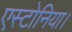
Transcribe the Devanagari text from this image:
एस्टोनिया।